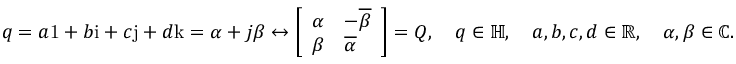
q = a \mathrm { 1 } + b \mathrm { i } + c \mathrm { j } + d \mathrm { k } = \alpha + j \beta \leftrightarrow { \left[ \begin{array} { l l } { \alpha } & { - { \overline { { \beta } } } } \\ { \beta } & { { \overline { { \alpha } } } } \end{array} \right] } = Q , \quad q \in \mathbb { H } , \quad a , b , c , d \in \mathbb { R } , \quad \alpha , \beta \in \mathbb { C } .